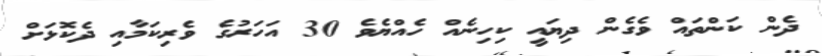
ދެން ކަންތައް ވެގެން ދިޔައީ ކިހިނެއް ހެއްޔެވެ 30 އަހަރުގެ ވެރިކަމާއި ދެކޮޅަށް